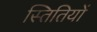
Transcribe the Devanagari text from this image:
स्तितियों